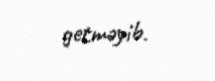
getməyib.